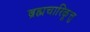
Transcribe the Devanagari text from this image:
ब्रह्मचारिकूत्तु